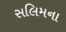
સલિમના